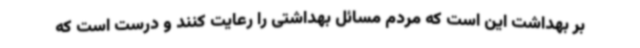
بر بهداشت این است که مردم مسائل بهداشتی را رعایت کنند و درست است که